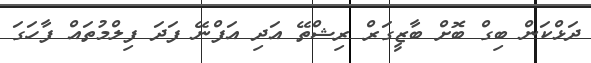
ދަޅްކަން ބިގް ބޮށް ބާޒީގަރް ރިޝްތޭ އަދި އަފްނޭ ފަދަ ފިލްމުތައް ފާހަގަ